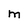
Character: M